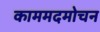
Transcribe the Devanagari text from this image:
काममदमोचन